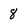
Character: 8